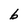
Character: b